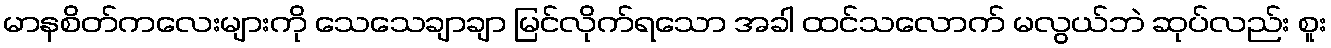
မာနစိတ်ကလေးများကို သေသေချာချာ မြင်လိုက်ရသော အခါ ထင်သလောက် မလွယ်ဘဲ ဆုပ်လည်း စူး